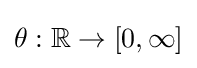
\theta :\mathbb {R} \to [0,\infty ]